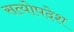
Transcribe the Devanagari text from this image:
सत्योपदेश